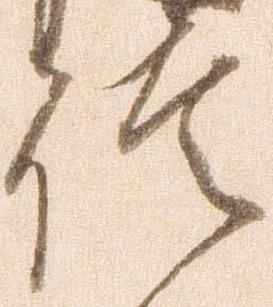
信